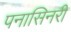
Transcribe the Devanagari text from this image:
पनासिनरी